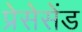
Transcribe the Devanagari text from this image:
प्रेसेसेंड